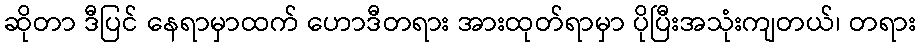
ဆိုတာ ဒီပြင် နေရာမှာထက် ဟောဒီတရား အားထုတ်ရာမှာ ပိုပြီးအသုံးကျတယ်၊ တရား